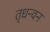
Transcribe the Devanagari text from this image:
तृधन्वन